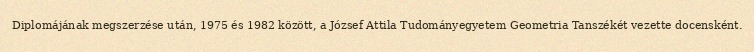
Diplomájának megszerzése után, 1975 és 1982 között, a József Attila Tudományegyetem Geometria Tanszékét vezette docensként.